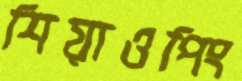
শিয়াওপিং